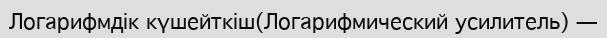
Логарифмдік күшейткіш(Логарифмический усилитель) —